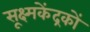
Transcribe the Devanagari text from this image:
सूक्ष्मकेंद्रकों